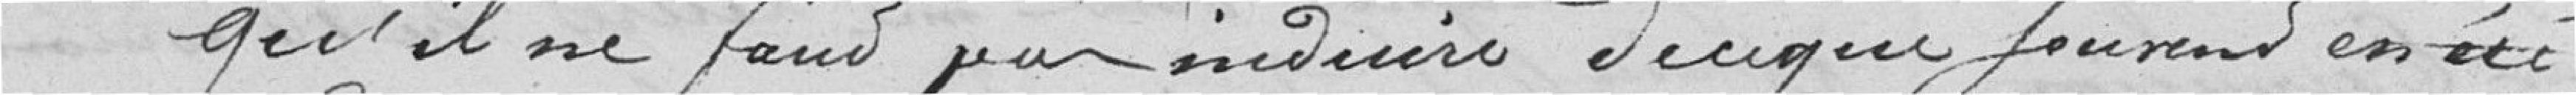
qu'il ne faut pas induire de ce que souvent en été